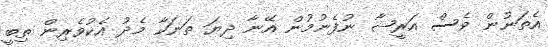
އެތަނުން ވެސް އަރީޝާ ނުފެނުމުން އޭނާ ދިޔަ ތަނަކާ މެދު އެކުވެރިން ތިބީ